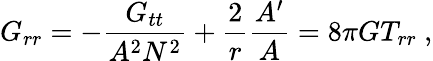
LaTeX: G_{rr}=-\frac{G_{tt}}{A^{2}N^{2}}+\frac{2}{r}\frac{A^{\prime}}{A}=8\pi GT_{rr}\ ,